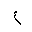
Letter: _ayn